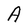
Character: A